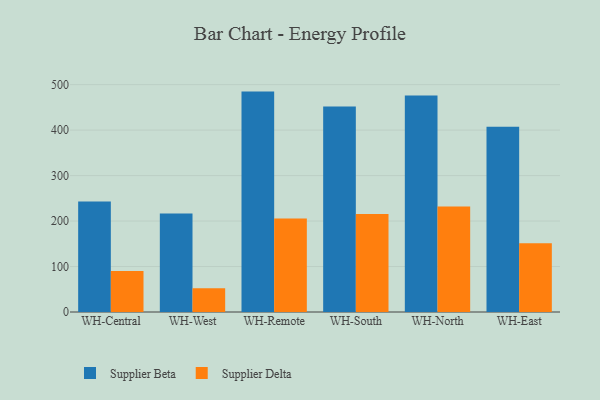
{"axis": {"x": "Warehouse", "y": "Revenue (USD Million)"}, "legend": ["Supplier Beta", "Supplier Delta"], "data": [{"x": "WH-Central", "y": 243.0, "type": "Supplier Beta"}, {"x": "WH-Central", "y": 90.1, "type": "Supplier Delta"}, {"x": "WH-West", "y": 216.5, "type": "Supplier Beta"}, {"x": "WH-West", "y": 52.1, "type": "Supplier Delta"}, {"x": "WH-Remote", "y": 484.7, "type": "Supplier Beta"}, {"x": "WH-Remote", "y": 205.6, "type": "Supplier Delta"}, {"x": "WH-South", "y": 452.0, "type": "Supplier Beta"}, {"x": "WH-South", "y": 215.3, "type": "Supplier Delta"}, {"x": "WH-North", "y": 475.9, "type": "Supplier Beta"}, {"x": "WH-North", "y": 232.2, "type": "Supplier Delta"}, {"x": "WH-East", "y": 407.6, "type": "Supplier Beta"}, {"x": "WH-East", "y": 151.2, "type": "Supplier Delta"}]}